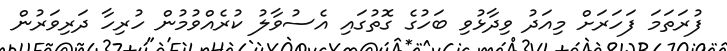
ފުރަތަމަ ފަހަރަށް މިއަދު ވިދާޅުވި ބަހުގެ ގޮތުގައި އެސުވާލު ކުރެއްވުމުން ހުރިހާ ދަރިވަރުން